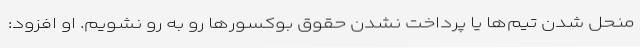
منحل شدن تیم‌ها یا پرداخت نشدن حقوق بوکسورها رو به رو نشویم. او افزود: